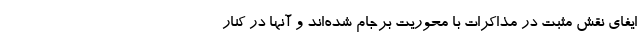
ایفای نقش مثبت در مذاکرات با محوریت برجام شده‌اند و آنها در کنار